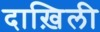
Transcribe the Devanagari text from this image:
दाख़िली